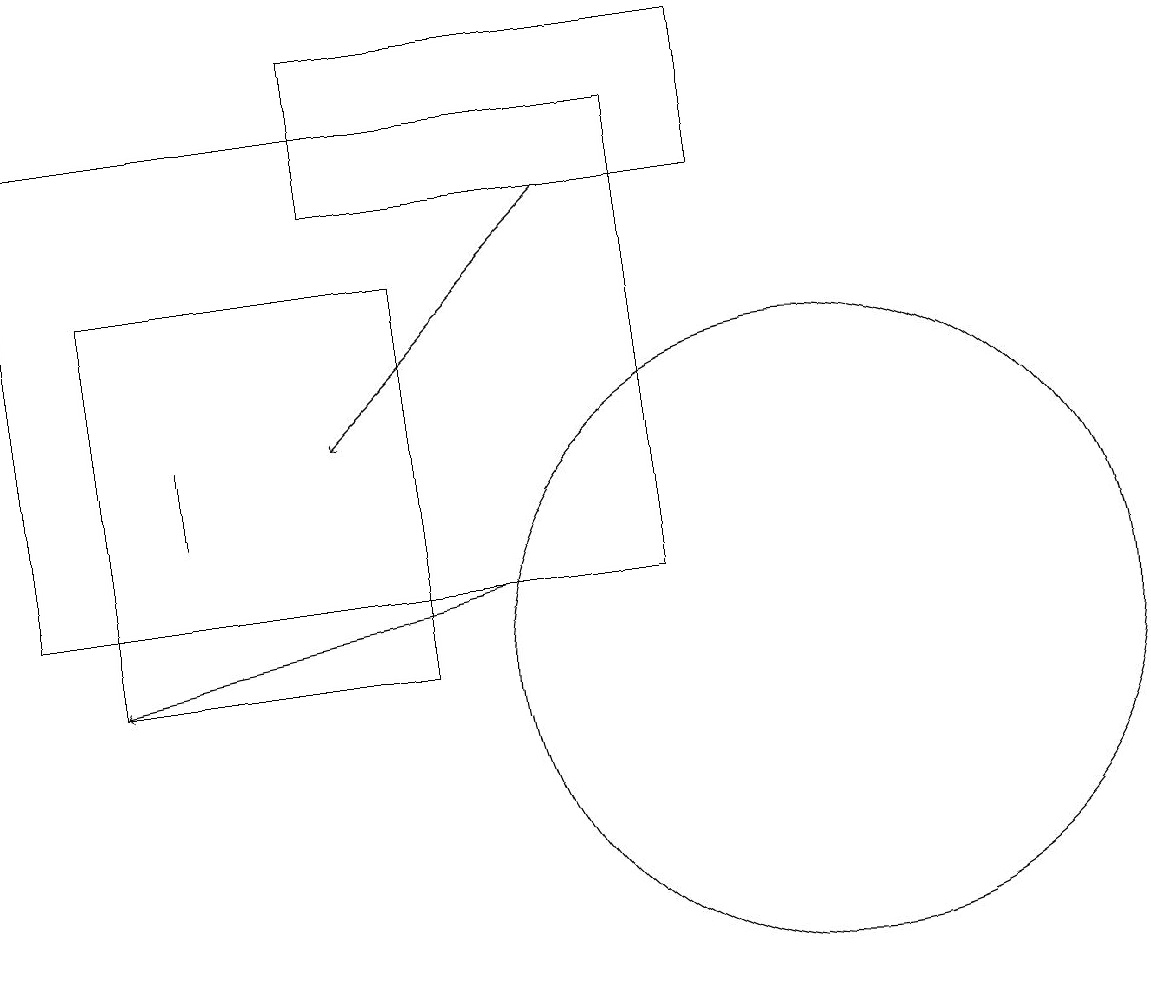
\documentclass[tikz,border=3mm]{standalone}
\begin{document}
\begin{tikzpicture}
\draw (5,16) rectangle (1,11);
\draw (9,17) rectangle (4,19);
\draw (8,12) rectangle (0,18);
\draw (10,11) circle (4);
\draw (2,13) rectangle (2,14);
\draw[->] (7,17) -- (4,14);
\draw[->] (6,12) -- (1,11);
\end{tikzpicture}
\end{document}